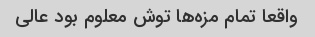
واقعا تمام مزه‌ها توش معلوم بود عالی